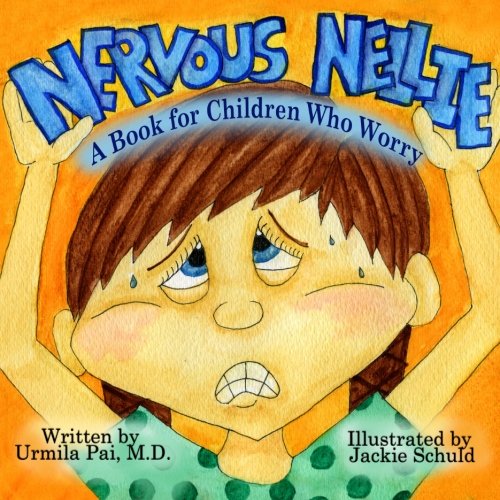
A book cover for Nervous Nellie: A Book for Children Who Worry; Dr. Urmila Pai M.D.; Children's Books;